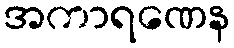
အကာရဏေန